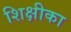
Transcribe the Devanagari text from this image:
शिक्षीका